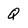
Character: q